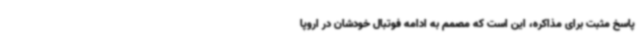
پاسخ مثبت برای مذاکره، این است که مصمم به ادامه فوتبال خودشان در اروپا